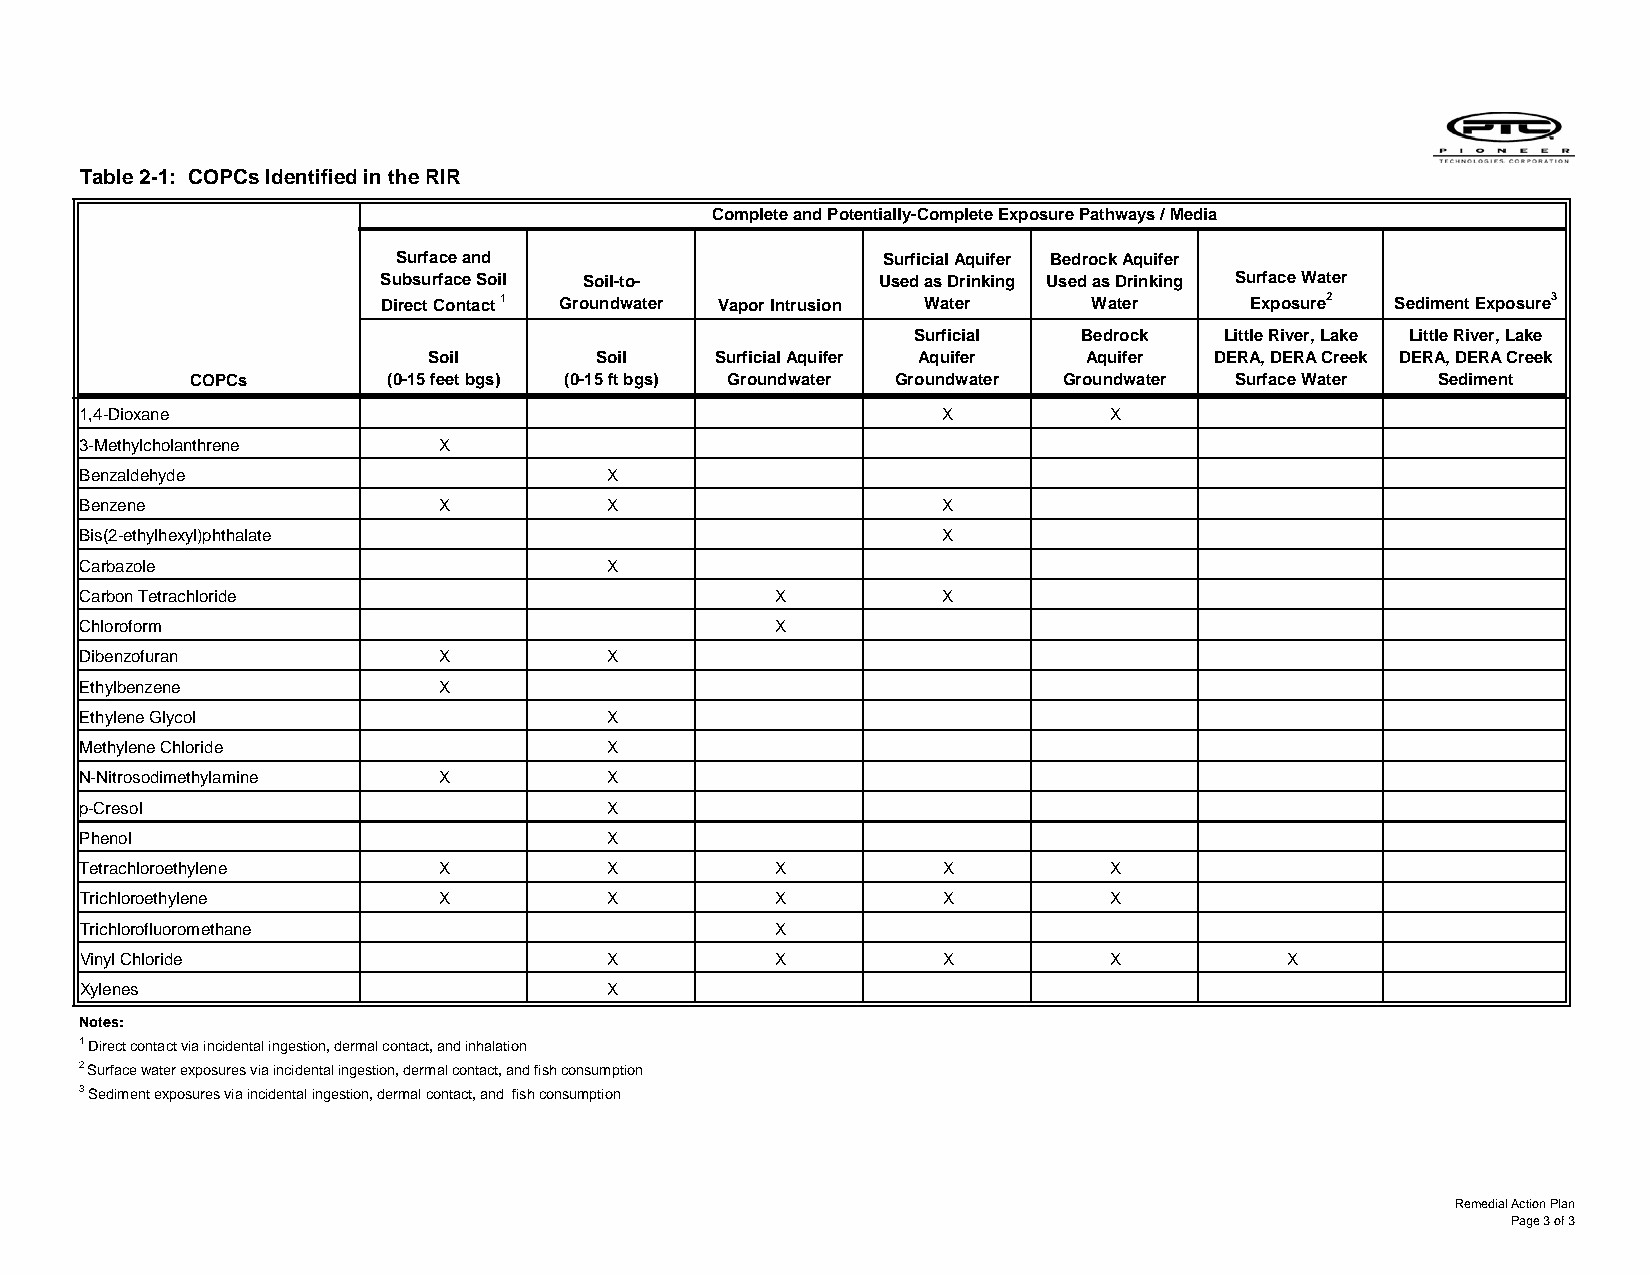
Table 2-1: COPCs Identified in the RIR
 Complete and Potentially-Complete Exposure Pathways / Media
 Surface and                     Surficial Aquifer Bedrock Aquifer
 Subsurface Soil Soil-to-         Used as Drinking Used as Drinking Surface Water
 Direct Contact 1 Groundwater Vapor Intrusion Water Water Exposure2 Sediment Exposure3
 Surficial  Bedrock   Little River, Lake Little River, Lake
 Soil       Soil    Surficial Aquifer Aquifer Aquifer DERA, DERA Creek DERA, DERA Creek
 COPCs        (0-15 feet bgs) (0-15 ft bgs) Groundwater Groundwater Groundwater Surface Water Sediment
 1,4-Dioxane                                              X          X
 3-Methylcholanthrene    X
 Benzaldehyde                       X
 Benzene                 X          X                     X
 Bis(2-ethylhexyl)phthalate                               X
 Carbazole                          X
 Carbon Tetrachloride                          X          X
 Chloroform                                    X
 Dibenzofuran            X          X
 Ethylbenzene            X
 Ethylene Glycol                    X
 Methylene Chloride                 X
 N-Nitrosodimethylamine  X          X
 p-Cresol                           X
 Phenol                             X
 Tetrachloroethylene     X          X          X          X          X
 Trichloroethylene       X          X          X          X          X
 Trichlorofluoromethane                        X
 Vinyl Chloride                     X          X          X          X           X
 Xylenes                            X
 Notes:
 1 Direct contact via incidental ingestion, dermal contact, and inhalation
 2 Surface water exposures via incidental ingestion, dermal contact, and fish consumption
 3 Sediment exposures via incidental ingestion, dermal contact, and fish consumption
 Remedial Action Plan
 Page 3 of 3